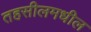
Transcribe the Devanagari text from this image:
तहसीलमधील